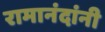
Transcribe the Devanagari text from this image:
रामानंदांनी